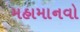
મહામાનવો